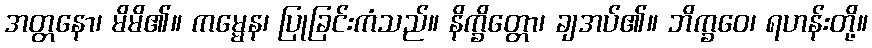
အတ္တနော၊ မိမိ၏။ ကမ္မေန၊ ပြုခြင်းကံသည်။ နိက္ခိတ္တော၊ ချအပ်၏။ ဘိက္ခဝေ၊ ရဟန်းတို့။